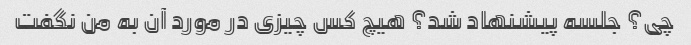
چی؟ جلسه پیشنهاد شد؟ هیچ کس چیزی در مورد آن به من نگفت